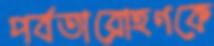
পর্বতারোহণকে